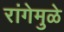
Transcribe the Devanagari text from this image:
रांगेमुळे